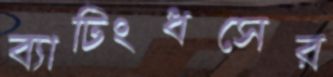
ব্যাটিংধসের